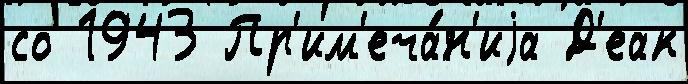
со 1943 Пр'им'еча́н'иjа Д'еак